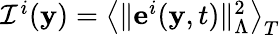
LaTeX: \begin{array}{r}{\mathcal{I}^{i}(\mathbf{y})=\left\langle\Vert\mathbf{e}^{i}(\mathbf{y},t)\Vert_{\Lambda}^{2}\right\rangle_{T}}\end{array}